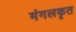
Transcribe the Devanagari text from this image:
मंगलकृत